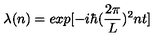
\lambda ( n ) = e x p [ - i \hbar ( { \frac { 2 \pi } { L } } ) ^ { 2 } n t ]